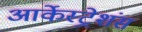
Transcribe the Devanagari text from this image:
आर्केस्ट्रेशंस